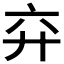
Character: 𢌸